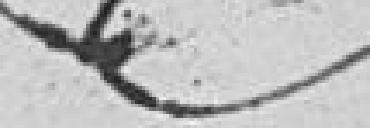
??